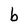
Character: b